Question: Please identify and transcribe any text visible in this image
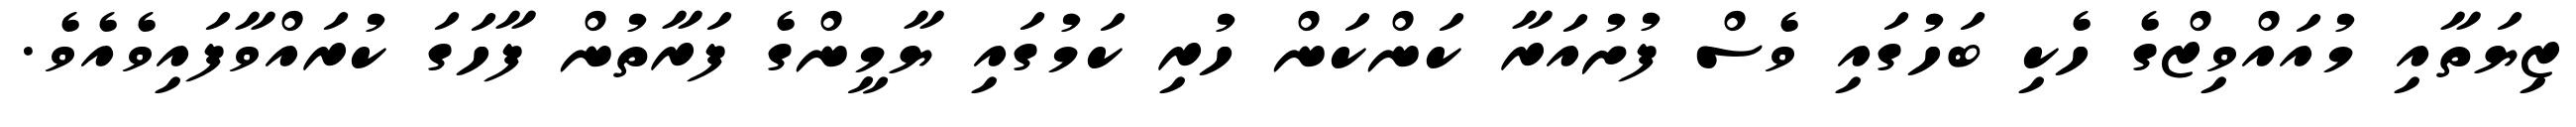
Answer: ޒިޔަތާއި މުއައްވިޒްގެ ހެކި ބަހުގައި ވެސް ފުށުއަރާ ކަންކަން ހުރި ކަމުގައި ޔާމީންގެ ފަރާތުން ފާހަގަ ކުރައްވާފައިވެއެވެ.